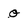
Character: Q